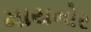
માયનોર